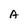
Character: A